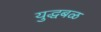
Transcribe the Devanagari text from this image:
युद्धबळ